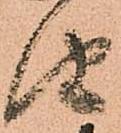
由